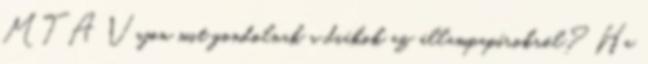
MTA Vajon mit gondolnak a diákok az állampapírokról? Ha